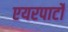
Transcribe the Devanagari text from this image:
एयरपार्टो